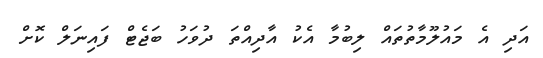
އަދި އެ މައުލޫމާތުތައް ލިބުމާ އެކު އާދިއްތަ ދުވަހު ބަޖެޓް ފައިނަލް ކޮށް